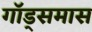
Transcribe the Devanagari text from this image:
गॉड्समास